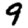
Digit: 9